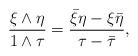
LaTeX: \begin{align*} \frac{\xi \wedge \eta}{1 \wedge \tau} = \frac{\bar \xi \eta - \xi \bar \eta}{\tau - \bar \tau},\end{align*}